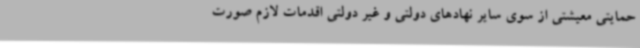
حمایتی معیشتی از سوی سایر نهادهای دولتی و غیر دولتی اقدمات لازم صورت